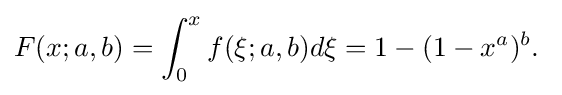
F(x;a,b)=\int _{0}^{x}f(\xi ;a,b)d\xi =1-(1-x^{a})^{b}.\